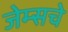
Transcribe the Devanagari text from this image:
जेम्सचे